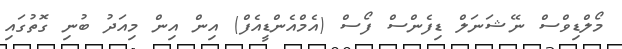
މޯލްޑިވްސް ނޭޝަނަލް ޑިފެންސް ފޯސް (އެމްއެންޑީއެފް) އިން އިން މިއަދު ބުނި ގޮތުގައި